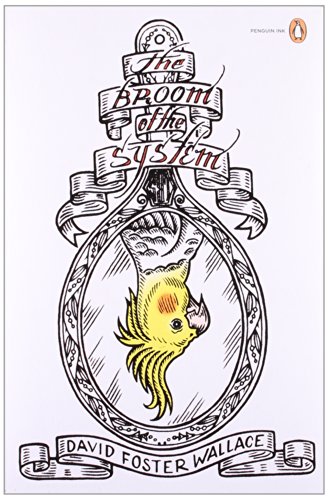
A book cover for The Broom of the System: A Novel (Penguin Ink) (The Penguin Ink Series); David Foster Wallace; Literature & Fiction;